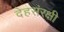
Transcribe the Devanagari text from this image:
देहसंरक्षी